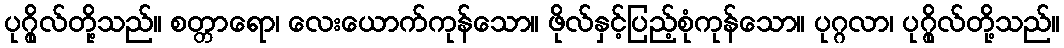
ပုဂ္ဂိုလ်တို့သည်။ စတ္တာရော၊ လေးယောက်ကုန်သော။ ဖိုလ်နှင့်ပြည့်စုံကုန်သော။ ပုဂ္ဂလာ၊ ပုဂ္ဂိုလ်တို့သည်။